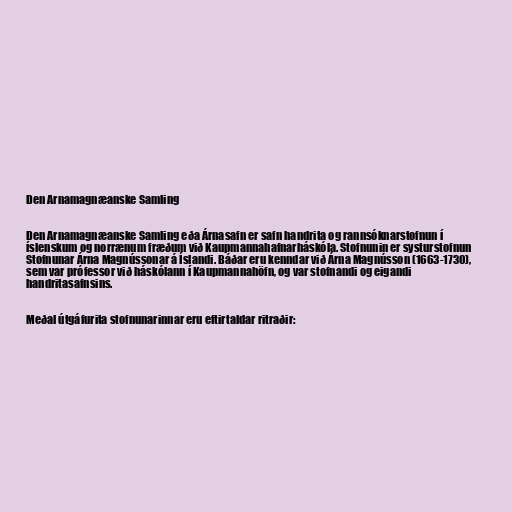
Den Arnamagnæanske Samling

Den Arnamagnæanske Samling eða Árnasafn er safn handrita og rannsóknarstofnun í
íslenskum og norrænum fræðum við Kaupmannahafnarháskóla. Stofnunin er systurstofnun
Stofnunar Árna Magnússonar á Íslandi. Báðar eru kenndar við Árna Magnússon (1663-1730),
sem var prófessor við háskólann í Kaupmannahöfn, og var stofnandi og eigandi
handritasafnsins.

Meðal útgáfurita stofnunarinnar eru eftirtaldar ritraðir: